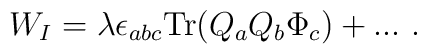
W_I =\lambda \epsilon_{abc} {\mbox{Tr}} (Q_a Q_b \Phi_c)+...~.